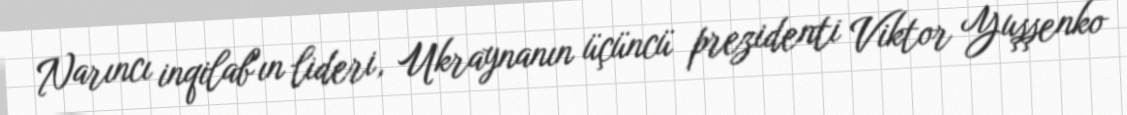
Narıncı inqilab"ın lideri, Ukraynanın üçüncü prezidenti Viktor Yuşşenko